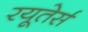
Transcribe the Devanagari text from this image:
रयूतेर्स